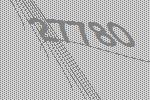
27780